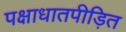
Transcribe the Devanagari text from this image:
पक्षाधातपीड़ित